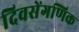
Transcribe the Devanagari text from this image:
दिवसेंगणिक